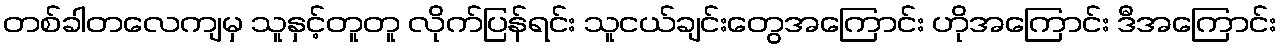
တစ်ခါတလေကျမှ သူနှင့်တူတူ လိုက်ပြန်ရင်း သူငယ်ချင်းတွေအကြောင်း ဟိုအကြောင်း ဒီအကြောင်း